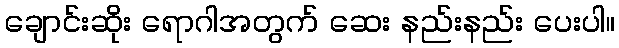
ချောင်းဆိုး ရောဂါအတွက် ဆေး နည်းနည်း ပေးပါ။